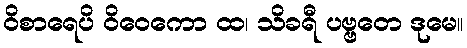
ဝိစာရေပိ ဝိဝေကော ထ၊ သိခရီ ပဗ္ဗတေ ဒုမေ။